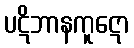
ပဋိဘာနကူဋော